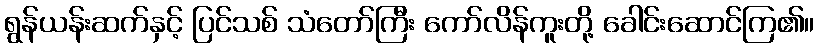
ရွန်ယန်းဆက်နှင့် ပြင်သစ် သံတော်ကြီး ကော်လိန်ကူးတို့ ခေါင်းဆောင်ကြ၏။